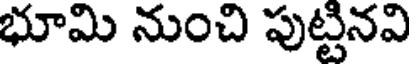
భూమి నుంచి పుట్టినవి